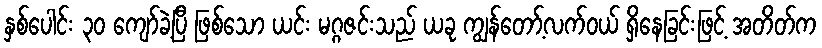
နှစ်ပေါင်း ၃၀ ကျော်ခဲ့ပြီ ဖြစ်သော ယင်း မဂ္ဂဇင်းသည် ယခု ကျွန်တော့်လက်ဝယ် ရှိနေခြင်းဖြင့် အတိတ်က